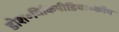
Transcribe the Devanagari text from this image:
डोश॰विकिपीडिया॰कॉम